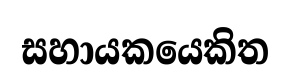
සහායකයෙකිත